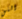
التي